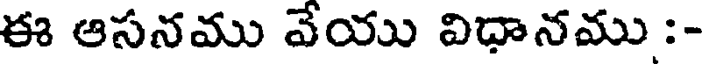
ఈ ఆసనము వేయు విధానము :-